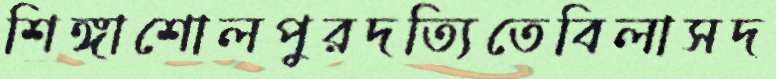
শিঙ্গাশোলপুরদত্যিতেবিলাসদ